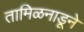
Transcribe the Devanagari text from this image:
तामिळनाडूने